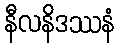
နီလနိဒဿနံ